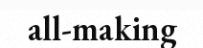
all-making